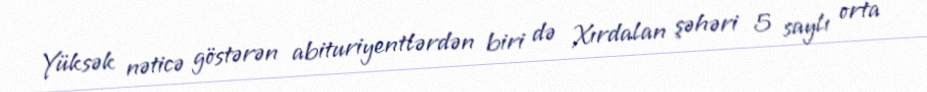
Yüksək nəticə göstərən abituriyentlərdən biri də Xırdalan şəhəri 5 saylı orta